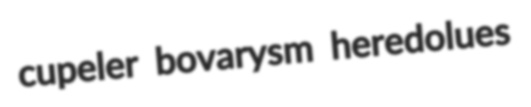
cupeler bovarysm heredolues